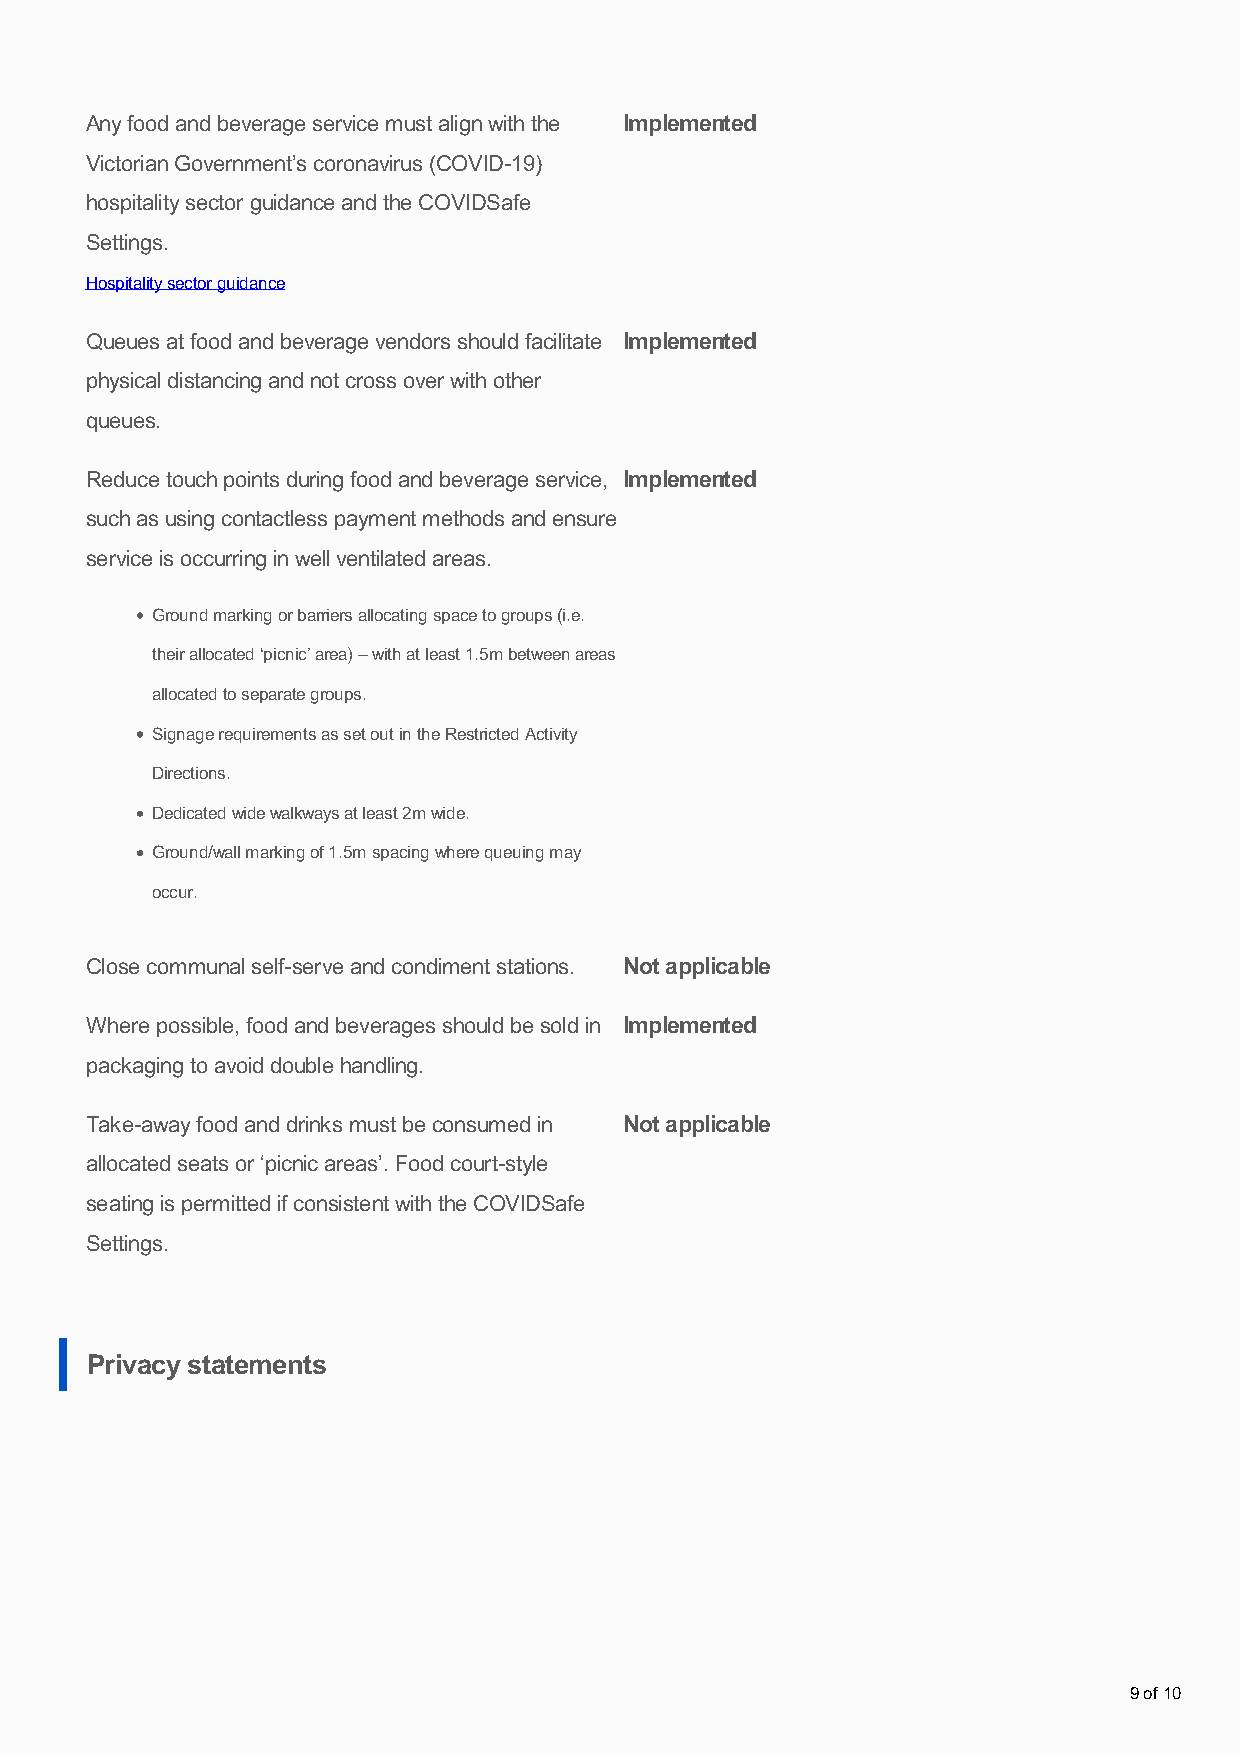
Any food and beverage service must align with the Implemented
 Victorian Government’s coronavirus (COVID-19)
 hospitality sector guidance and the COVIDSafe
 Settings.
 Hospitality sector guidance
 Queues at food and beverage vendors should facilitate Implemented
 physical distancing and not cross over with other
 queues.
 Reduce touch points during food and beverage service, Implemented
 such as using contactless payment methods and ensure
 service is occurring in well ventilated areas.
 Ground marking or barriers allocating space to groups (i.e.
 their allocated ‘picnic’ area) – with at least 1.5m between areas
 allocated to separate groups.
 Signage requirements as set out in the Restricted Activity
 Directions.
 Dedicated wide walkways at least 2m wide.
 Ground/wall marking of 1.5m spacing where queuing may
 occur.
 Close communal self-serve and condiment stations. Not applicable
 Where possible, food and beverages should be sold in Implemented
 packaging to avoid double handling.
 Take-away food and drinks must be consumed in Not applicable
 allocated seats or ‘picnic areas’. Food court-style
 seating is permitted if consistent with the COVIDSafe
 Settings.
 Privacy statements
 9 of 10